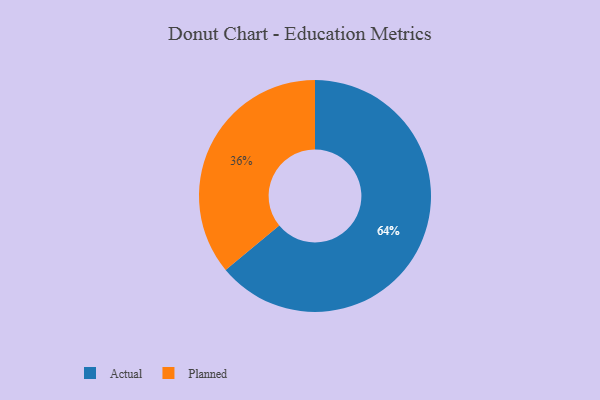
{"axis": {"x": "Category", "y": "Percentage"}, "legend": ["Actual", "Planned"], "data": [{"x": "Actual", "y": 64, "type": "Actual"}, {"x": "Planned", "y": 36, "type": "Planned"}]}